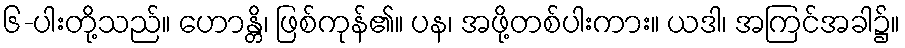
၆-ပါးတို့သည်။ ဟောန္တိ၊ ဖြစ်ကုန်၏။ ပန၊ အဖို့တစ်ပါးကား။ ယဒါ၊ အကြင်အခါ၌။